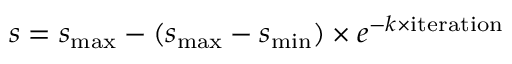
s = s _ { \mathrm { m a x } } - ( s _ { \mathrm { m a x } } - s _ { \mathrm { m i n } } ) \times e ^ { - k \times \mathrm { i t e r a t i o n } }